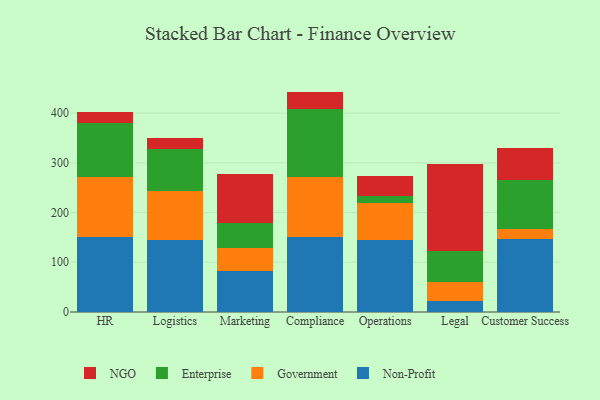
{"axis": {"x": "Department", "y": "Budget (USD K)"}, "legend": ["Enterprise", "Government", "NGO", "Non-Profit"], "data": [{"x": "HR", "y": 150.5, "type": "Non-Profit"}, {"x": "HR", "y": 120.5, "type": "Government"}, {"x": "HR", "y": 108.5, "type": "Enterprise"}, {"x": "HR", "y": 22.0, "type": "NGO"}, {"x": "Logistics", "y": 145.1, "type": "Non-Profit"}, {"x": "Logistics", "y": 98.2, "type": "Government"}, {"x": "Logistics", "y": 84.1, "type": "Enterprise"}, {"x": "Logistics", "y": 22.2, "type": "NGO"}, {"x": "Marketing", "y": 82.7, "type": "Non-Profit"}, {"x": "Marketing", "y": 46.7, "type": "Government"}, {"x": "Marketing", "y": 49.6, "type": "Enterprise"}, {"x": "Marketing", "y": 98.9, "type": "NGO"}, {"x": "Compliance", "y": 151.7, "type": "Non-Profit"}, {"x": "Compliance", "y": 119.7, "type": "Government"}, {"x": "Compliance", "y": 136.8, "type": "Enterprise"}, {"x": "Compliance", "y": 35.1, "type": "NGO"}, {"x": "Operations", "y": 145.4, "type": "Non-Profit"}, {"x": "Operations", "y": 73.5, "type": "Government"}, {"x": "Operations", "y": 14.0, "type": "Enterprise"}, {"x": "Operations", "y": 40.3, "type": "NGO"}, {"x": "Legal", "y": 22.0, "type": "Non-Profit"}, {"x": "Legal", "y": 37.8, "type": "Government"}, {"x": "Legal", "y": 62.8, "type": "Enterprise"}, {"x": "Legal", "y": 175.3, "type": "NGO"}, {"x": "Customer Success", "y": 147.6, "type": "Non-Profit"}, {"x": "Customer Success", "y": 20.1, "type": "Government"}, {"x": "Customer Success", "y": 97.8, "type": "Enterprise"}, {"x": "Customer Success", "y": 64.7, "type": "NGO"}]}